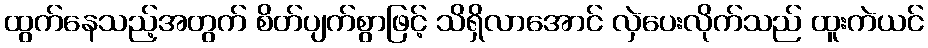
ထွက်နေသည့်အတွက် စိတ်ပျက်စွာဖြင့် သိရှိလာအောင် လှဲပေးလိုက်သည် ထူးကဲယင်